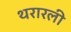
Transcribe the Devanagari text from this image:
थरारली